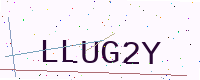
Text: LLUG2Y